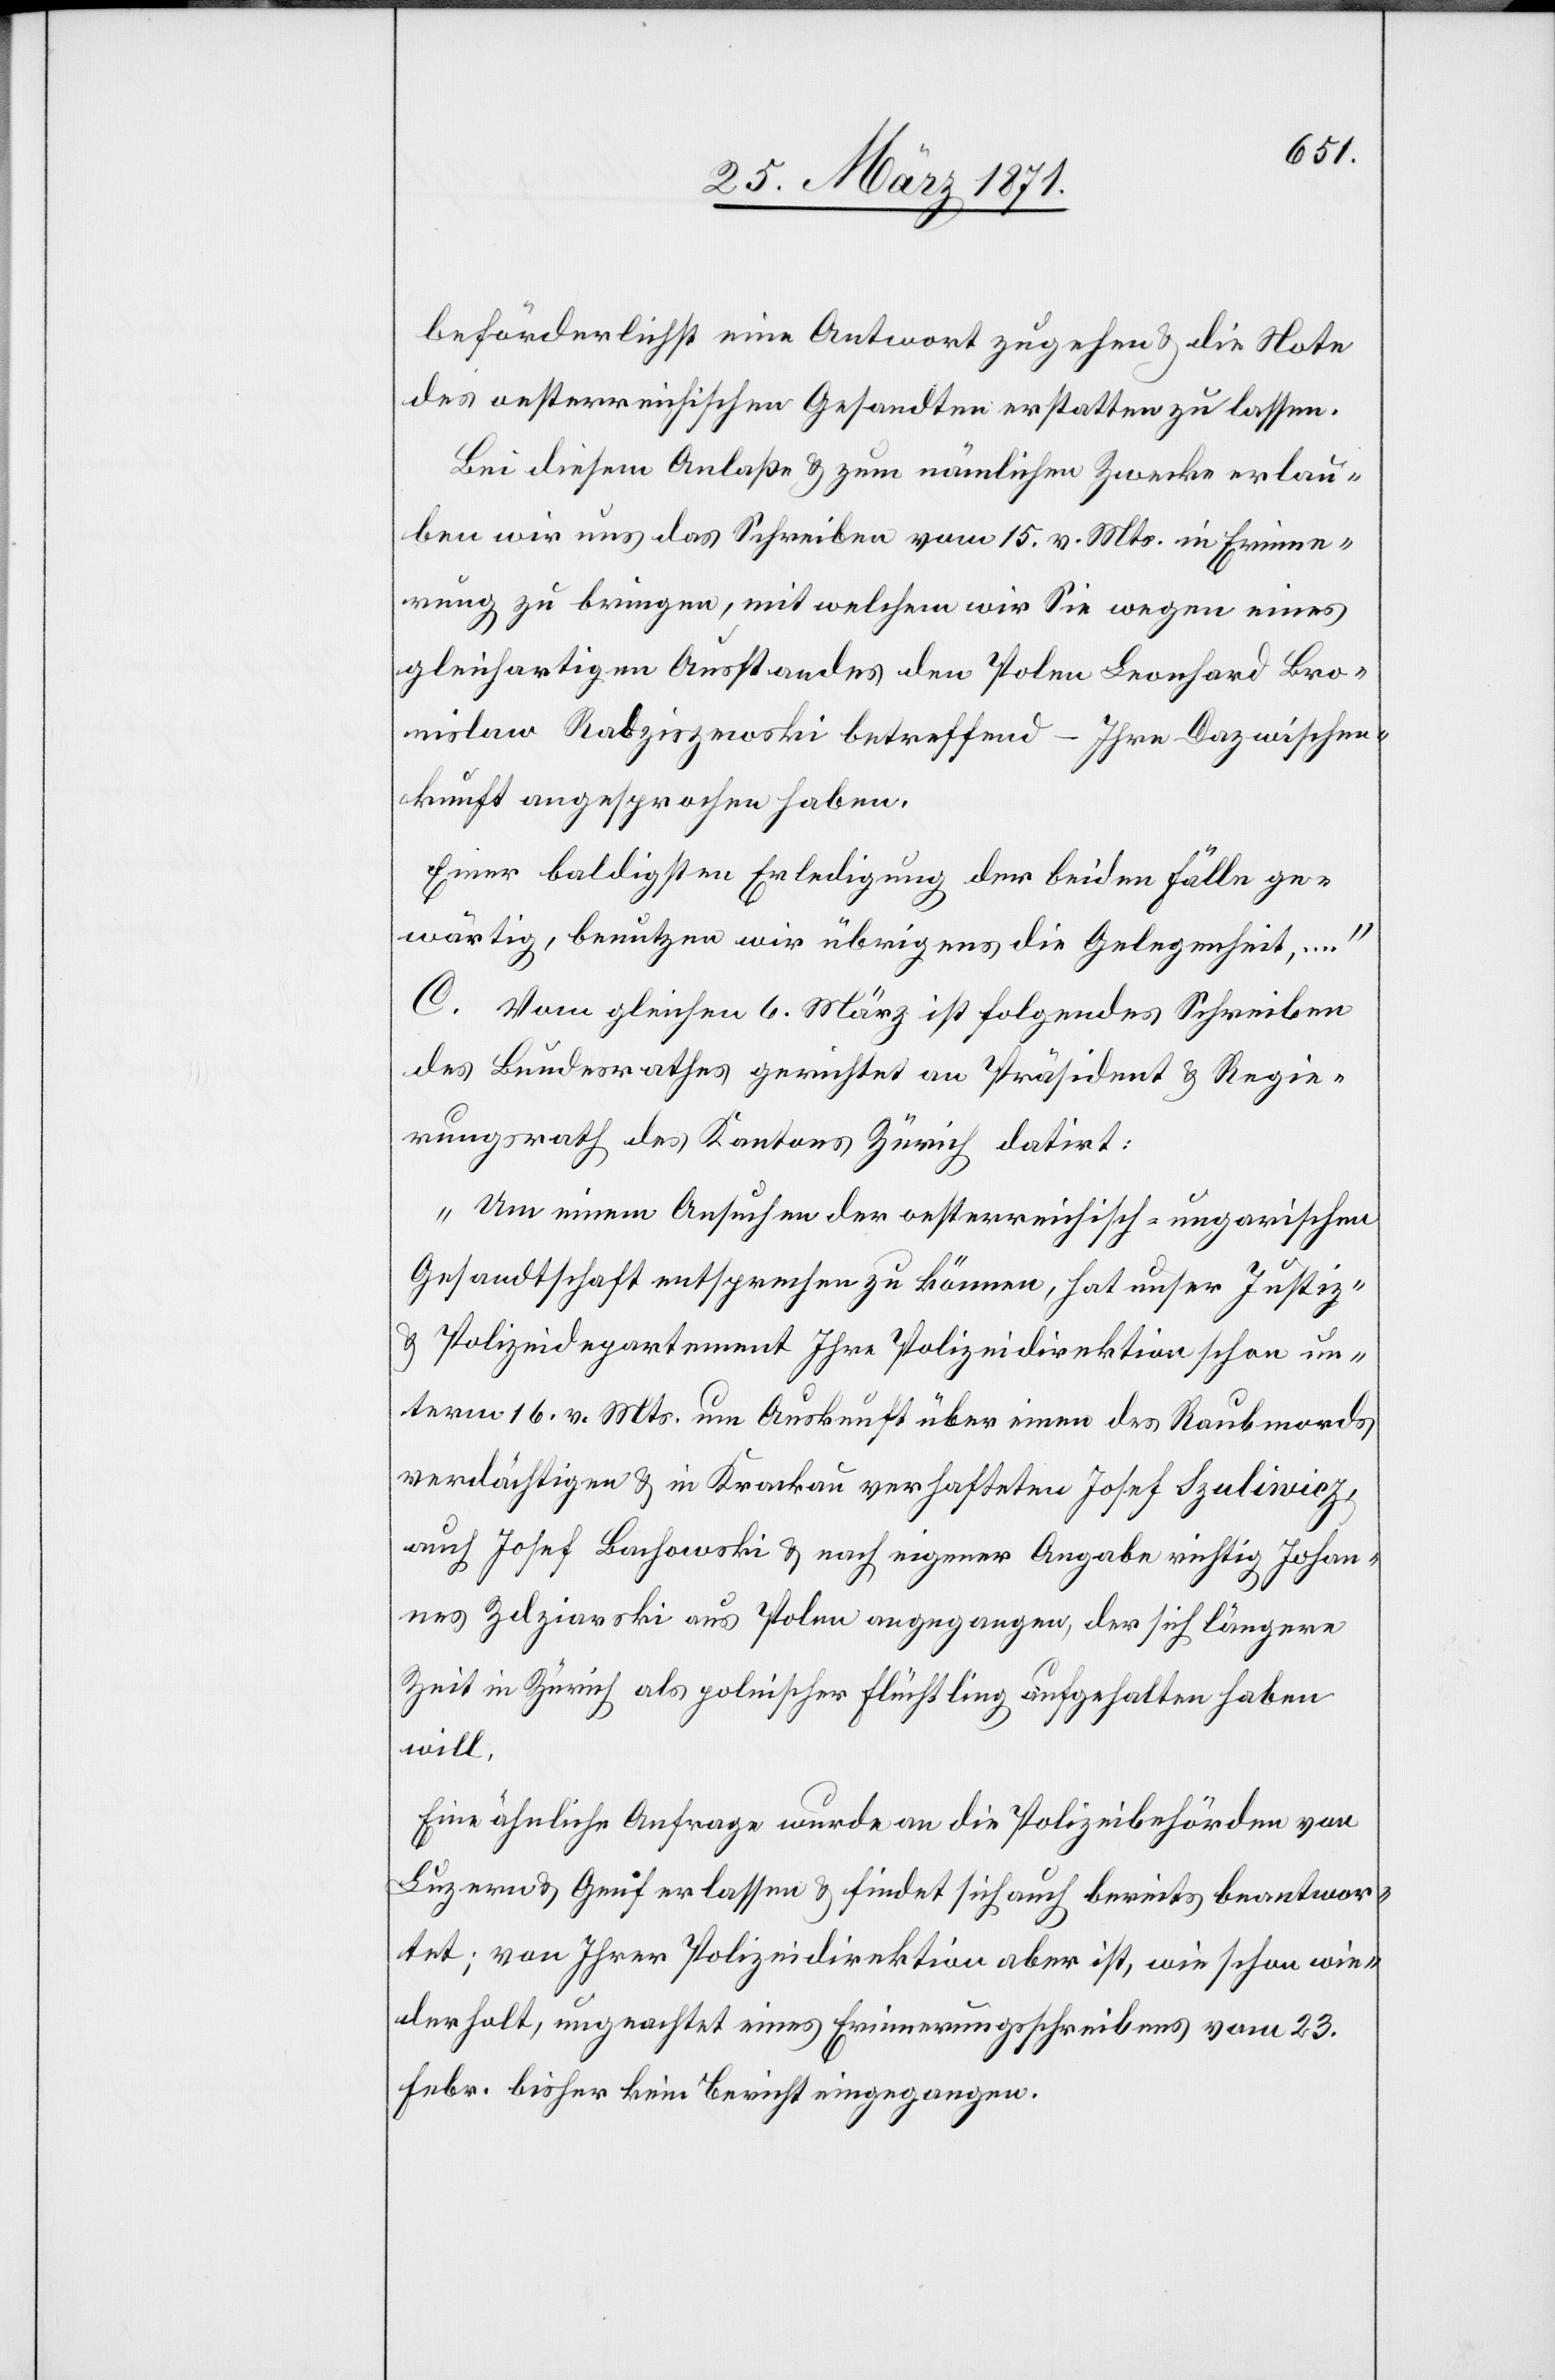
beförderlichst eine Antwort zugehen u. die Note
des oesterreichischen Gesandten erstatten zu lassen.
Bei diesem Anlaße u. zum nämlichen Zwecke erlau¬
ben wir uns das Schreiben vom 15. v. Mts. in Erinne¬
rung zu bringen, mit welchem wir Sie wegen eines
gleichartigen Ausstandes den Polen Leonhard Bro¬
nislaw Radziszewski betreffend – Ihre Dazwischen¬
kunft angesprochen haben.
Einer baldigsten Erledigung der beiden Fälle ge¬
wärtig, benutzen wir übrigens die Gelegenheit,…“
C. Vom gleichen 6. März ist folgendes Schreiben
des Bundesrathes gerichtet an Präsident u. Regie¬
rungsrathe des Kantons Zürich datirt:
„Um einem Ansuchen der oesterreichisch-ungarischen
Gesandtschaft entsprechen zu können, hat unser Justiz-
u. Polizeidepartement Ihre Polizeidirektion schon un¬
term 16. v. Mts. um Auskunft über einen des Raubmords
verdächtigen u. in Krackau verhafteten Josef Szuliwicz,
auch Josef Bachowski u. nach eigener Angabe richtig Johan¬
nes Zdziarski aus Polen angegangen, der sich längere
Zeit in Zürich als politischer Flüchtling aufgehalten haben
will.
Eine ähnliche Anfrage wurde an die Polizeibehörden von
Luzern u. Genf erlassen u. findet sich auch bereits beantwor¬
tet; von Ihrer Polizeidirektion aber ist, wie schon wie¬
derholt, ungeachtet eines Erinnerungsschreibens vom 23.
Febr. bisher kein Bericht eingegangen.